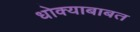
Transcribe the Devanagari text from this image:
धोक्याबाबत